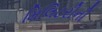
મિલિટરીની